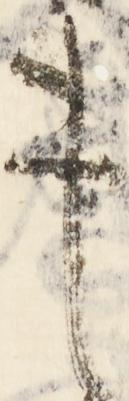
事